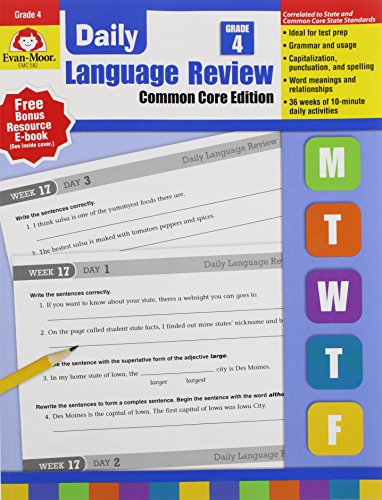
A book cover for Daily Language Review, Grade 4; Evan Moor; Reference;